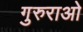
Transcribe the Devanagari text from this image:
गुरुराओ